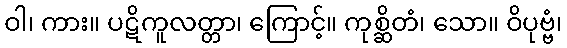
ဝါ၊ ကား။ ပဋိကူလတ္တာ၊ ကြောင့်။ ကုစ္ဆိတံ၊ သော။ ဝိပုဗ္ဗံ၊